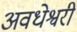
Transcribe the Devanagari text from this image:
अवधेश्वरी